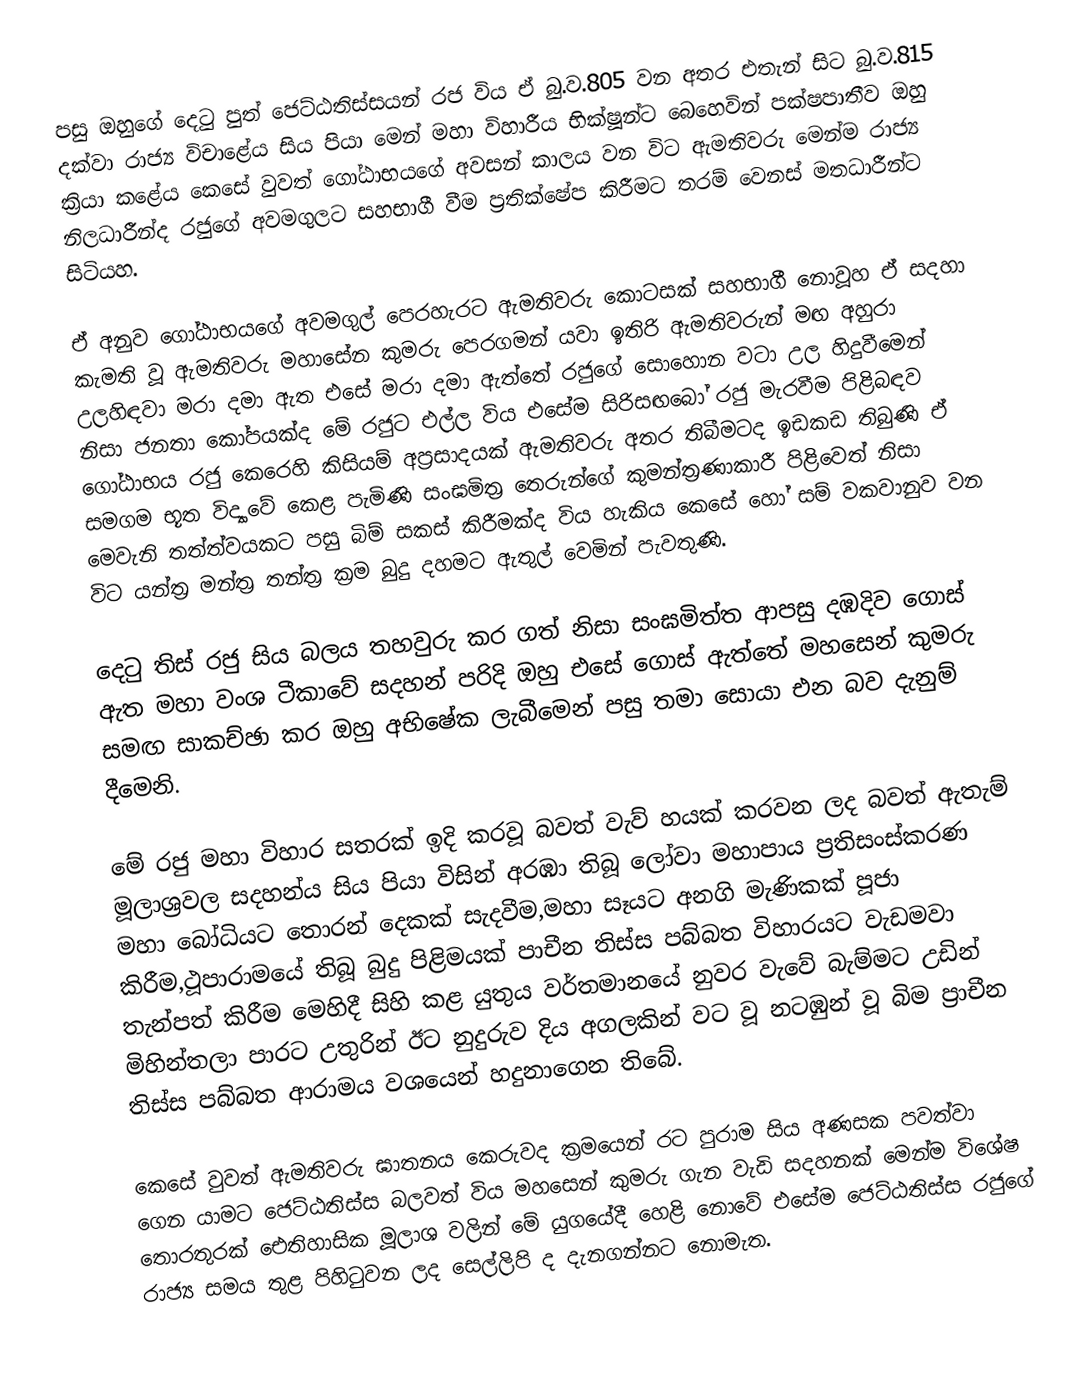
පසු ඔහුගේ දෙටු පුත් ජෙට්ඨතිස්සයන් රජ විය ඒ බු.ව.805 වන අතර එතැන් සිට බු.ව.815 දක්වා රාජ්‍ය විචාළේය සිය පියා මෙන් මහා විහාරීය භික්ෂූන්ට බෙහෙවින් පක්ෂපාතීව ඔහු ක්‍රියා කළේය කෙසේ වුවත් ගෝඨාභයගේ අවසන් කාලය වන විට ඇමතිවරු මෙන්ම රාජ්‍ය නිලධාරීන්ද රජුගේ අවමගුලට සහභාගී වීම ප්‍රතික්ෂේප කිරීමට තරම් වෙනස් මතධාරීන්ට සිටියහ.

ඒ අනුව ගෝඨාභයගේ අවමගුල් පෙරහැරට ඇමතිවරු කොටසක් සහභාගී නොවූහ ඒ සදහා කැමති වූ ඇමතිවරු මහාසේන කුමරු පෙරගමන් යවා ඉතිරි ඇමතිවරුන් මඟ අහුරා උලහිඳවා මරා දමා ඇත එසේ මරා දමා ඇත්තේ රජුගේ සොහොන වටා උල හිදුවීමෙන් නිසා ජනතා කෝපයක්ද මේ රජුට එල්ල විය එසේම සිරිසඟබෝ රජු මැරවීම පිළිබඳව ගෝඨාභය රජු කෙරෙහි කිසියම් අප්‍රසාදයක් ඇමතිවරු අතර තිබීමටද ඉඩකඩ තිබුණි ඒ සමගම භූත විද්‍යාවේ කෙළ පැමිණි සංඝමිත්‍ර තෙරුන්ගේ කුමන්ත්‍රණාකාරී පිළිවෙත් නිසා මෙවැනි තත්ත්වයකට පසු බිම් සකස් කිරීමක්ද විය හැකිය කෙසේ හෝ සම් වකවානුව වන විට යන්ත්‍ර මන්ත්‍ර තන්ත්‍ර ක්‍රම බුදු දහමට ඇතුල් වෙමින් පැවතුණි.

දෙටු තිස් රජු සිය බලය තහවුරු කර ගත් නිසා සංඝමිත්ත ආපසු දඹදිව ගොස් ඇත මහා වංශ ටීකාවේ සදහන් පරිදි ඔහු එසේ ගොස් ඇත්තේ මහසෙන් කුමරු සමඟ සාකච්ඡා කර ඔහු අභිෂේක ලැබීමෙන් පසු තමා සොයා එන බව දැනුම් දීමෙනි.

මේ රජු මහා විහාර සතරක් ඉදි කරවූ බවත් වැව් හයක් කරවන ලද බවත් ඇතැම් මූලාශ්‍රවල සදහන්ය සිය පියා විසින් අරඹා තිබූ ලෝවා මහාපාය ප්‍රතිසංස්කරණ මහා බෝධියට තොරන් දෙකක් සැදවීම,මහා සෑයට අනගි මැණිකක් පූජා කිරීම,ථූපාරාමයේ තිබූ බුදු පිළිමයක් පාචීන තිස්ස පබ්බත විහාරයට වැඩමවා තැන්පත් කිරීම මෙහිදී සිහි කළ යුතුය වර්තමානයේ නුවර වැවේ බැම්මට උඩින් මිහින්තලා පාරට උතුරින් ඊට නුදුරුව දිය අගලකින් වට වූ නටඹුන් වූ බිම ප්‍රාචීන තිස්ස පබ්බත ආරාමය වශයෙන් හදුනාගෙන තිබේ.

කෙසේ වුවත් ඇමතිවරු ඝාතනය කෙරුවද ක්‍රමයෙන් රට පුරාම සිය අණසක පවත්වා ගෙන යාමට ජෙට්ඨතිස්ස බලවත් විය මහසෙන් කුමරු ගැන වැඩි සදහනක් මෙන්ම විශේෂ තොරතුරක් ඓතිහාසික මූලාශ වලින් මේ යුගයේදී හෙළි නොවේ එසේම ජෙට්ඨතිස්ස රජුගේ රාජ්‍ය සමය තුළ පිහිටුවන ලද සෙල්ලිපි ද දැනගන්නට නොමැත.